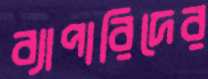
ব্যাপারিদের